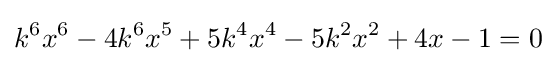
k^{6}x^{6}-4k^{6}x^{5}+5k^{4}x^{4}-5k^{2}x^{2}+4x-1=0